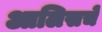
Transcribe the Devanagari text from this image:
आलिसचे